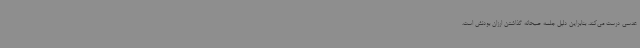
عدسی درست می‌کند. بنابراین دلیل جلسه صبحانه گذاشتن ارزان بودنش است.